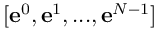
[ \mathbf e ^ { 0 } , \mathbf e ^ { 1 } , . . . , \mathbf e ^ { N - 1 } ]